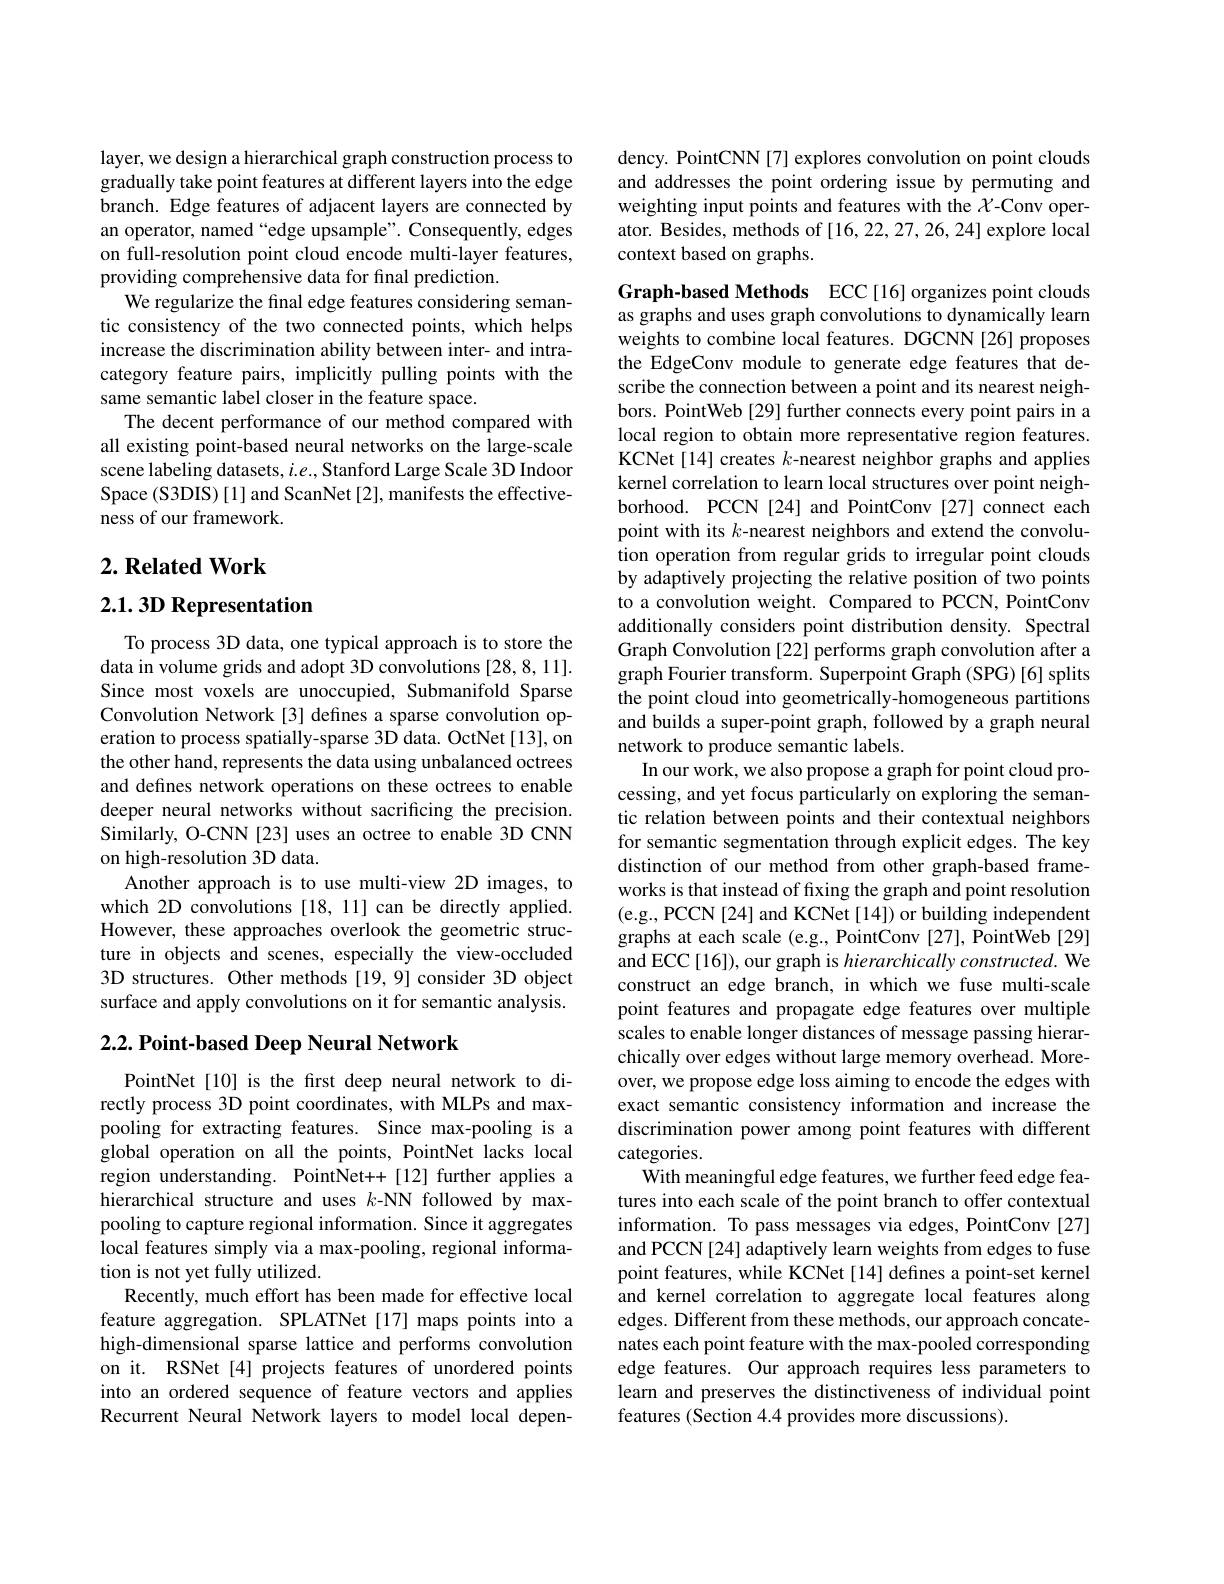
layer, we design a hierarchical graph construction process to gradually take point features at different layers into the edge branch. Edge features of adjacent layers are connected by an operator, named “edge upsample”. Consequently, edges on full-resolution point cloud encode multi-layer features, providing comprehensive data for final prediction.
We regularize the final edge features considering semantic consistency of the two connected points, which helps increase the discrimination ability between inter- and intracategory feature pairs, implicitly pulling points with the same semantic label closer in the feature space.
The decent performance of our method compared with all existing point-based neural networks on the large-scale scene labeling datasets, $i.e.$, Stanford Large Scale 3D Indoor Space (S3DIS) [1] and ScanNet [2], manifests the effectiveness of our framework.

## $2. \textbf{ Related Work}$

## $2.1.3D$ Representation

To process 3D data, one typical approach is to store the data in volume grids and adopt 3D convolutions [28,8,11]. Since most voxels are unoccupied, Submanifold Sparse Convolution Network[3] defines a sparse convolution operation to process spatially-sparse 3D data. OctNet[13], on the other hand, represents the data using unbalanced octrees and defines network operations on these octrees to enable deeper neural networks without sacrificing the precision. Similarly, O-CNN [23] uses an octree to enable 3D CNN on high-resolution 3D data.
Another approach is to use multi-view 2D images, to which 2D convolutions [18,11] can be directly applied. However, these approaches overlook the geometric structure in objects and scenes, especially the view-occluded 3D structures. Other methods [19,9] consider 3D object surface and apply convolutions on it for semantic analysis.

### $2. 2. \textbf{Point- based Deep Neural Network}$

PointNet[10] is the frst deep neural network to directly process 3D point coordinates, with MLPs and maxpooling for extracting features. Since max-pooling is a global operation on all the points, PointNet lacks local region understanding. PointNet++[12] further applies a hierarchical structure and uses $k$-NN followed by maxpooling to capture regional information. Since it aggregates local features simply via a max-pooling, regional information is not yet fully utilized.
Recently, much effort has been made for effective local feature aggregation. SPLATNet[17] maps points into a high-dimensional sparse lattice and performs convolution on it. RSNet[4] projects features of unordered points into an ordered sequence of feature vectors and applies Recurrent Neural Network layers to model local depen-

dency. PointCNN[7] explores convolution on point clouds and addresses the point ordering issue by permuting and weighting input points and features with the $\chi$-Conv operator. Besides, methods of [16,22,27,26,24] explore local context based on graphs.

Graph-based Methods ECC[16] organizes point clouds as graphs and uses graph convolutions to dynamically learn weights to combine local features. DGCNN[26]proposes the EdgeConv module to generate edge features that describe the connection between a point and its nearest neighbors. PointWeb[29] further connects every point pairs in a local region to obtain more representative region features. KCNet[14] creates $k$-nearest neighbor graphs and applies kernel correlation to learn local structures over point neighborhood. PCCN[24] and PointConv[27] connect each point with its $k$-nearest neighbors and extend the convolution operation from regular grids to irregular point clouds by adaptively projecting the relative position of two points to a convolution weight. Compared to PCCN, PointConv additionally considers point distribution density. Spectral Graph Convolution [22] performs graph convolution after a graph Fourier transform. Superpoint Graph (SPG) [6] splits the point cloud into geometrically-homogeneous partitions and builds a super-point graph, followed by a graph neural network to produce semantic labels.
In our work, we also propose a graph for point cloud processing, and yet focus particularly on exploring the semantic relation between points and their contextual neighbors for semantic segmentation through explicit edges. The key distinction of our method from other graph-based frameworks is that instead of fixing the graph and point resolution (e.g., PCCN[24] and KCNet[14]) or building independent graphs at each scale (e.g., PointConv [27], PointWeb [29] and ECC[16]), our graph is $hierarchically\textit{constructed. We}$ construct an edge branch, in which we fuse multi-scale point features and propagate edge features over multiple scales to enable longer distances of message passing hierarchically over edges without large memory overhead. Moreover, we propose edge loss aiming to encode the edges with exact semantic consistency information and increase the discrimination power among point features with different categories.
With meaningful edge features, we further feed edge features into each scale of the point branch to offer contextual information. To pass messages via edges, PointConv [27] and PCCN [24] adaptively learn weights from edges to fuse point features, while KCNet [14] defines a point-set kernel and kernel correlation to aggregate local features along edges. Different from these methods, our approach concatenates each point feature with the max-pooled corresponding edge features. Our approach requires less parameters to learn and preserves the distinctiveness of individual point features (Section 4.4 provides more discussions)